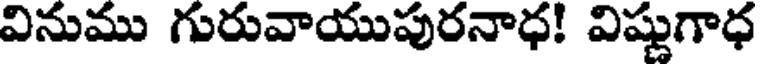
వినుము గురువాయుపురనాధ! విష్ణుగాధ